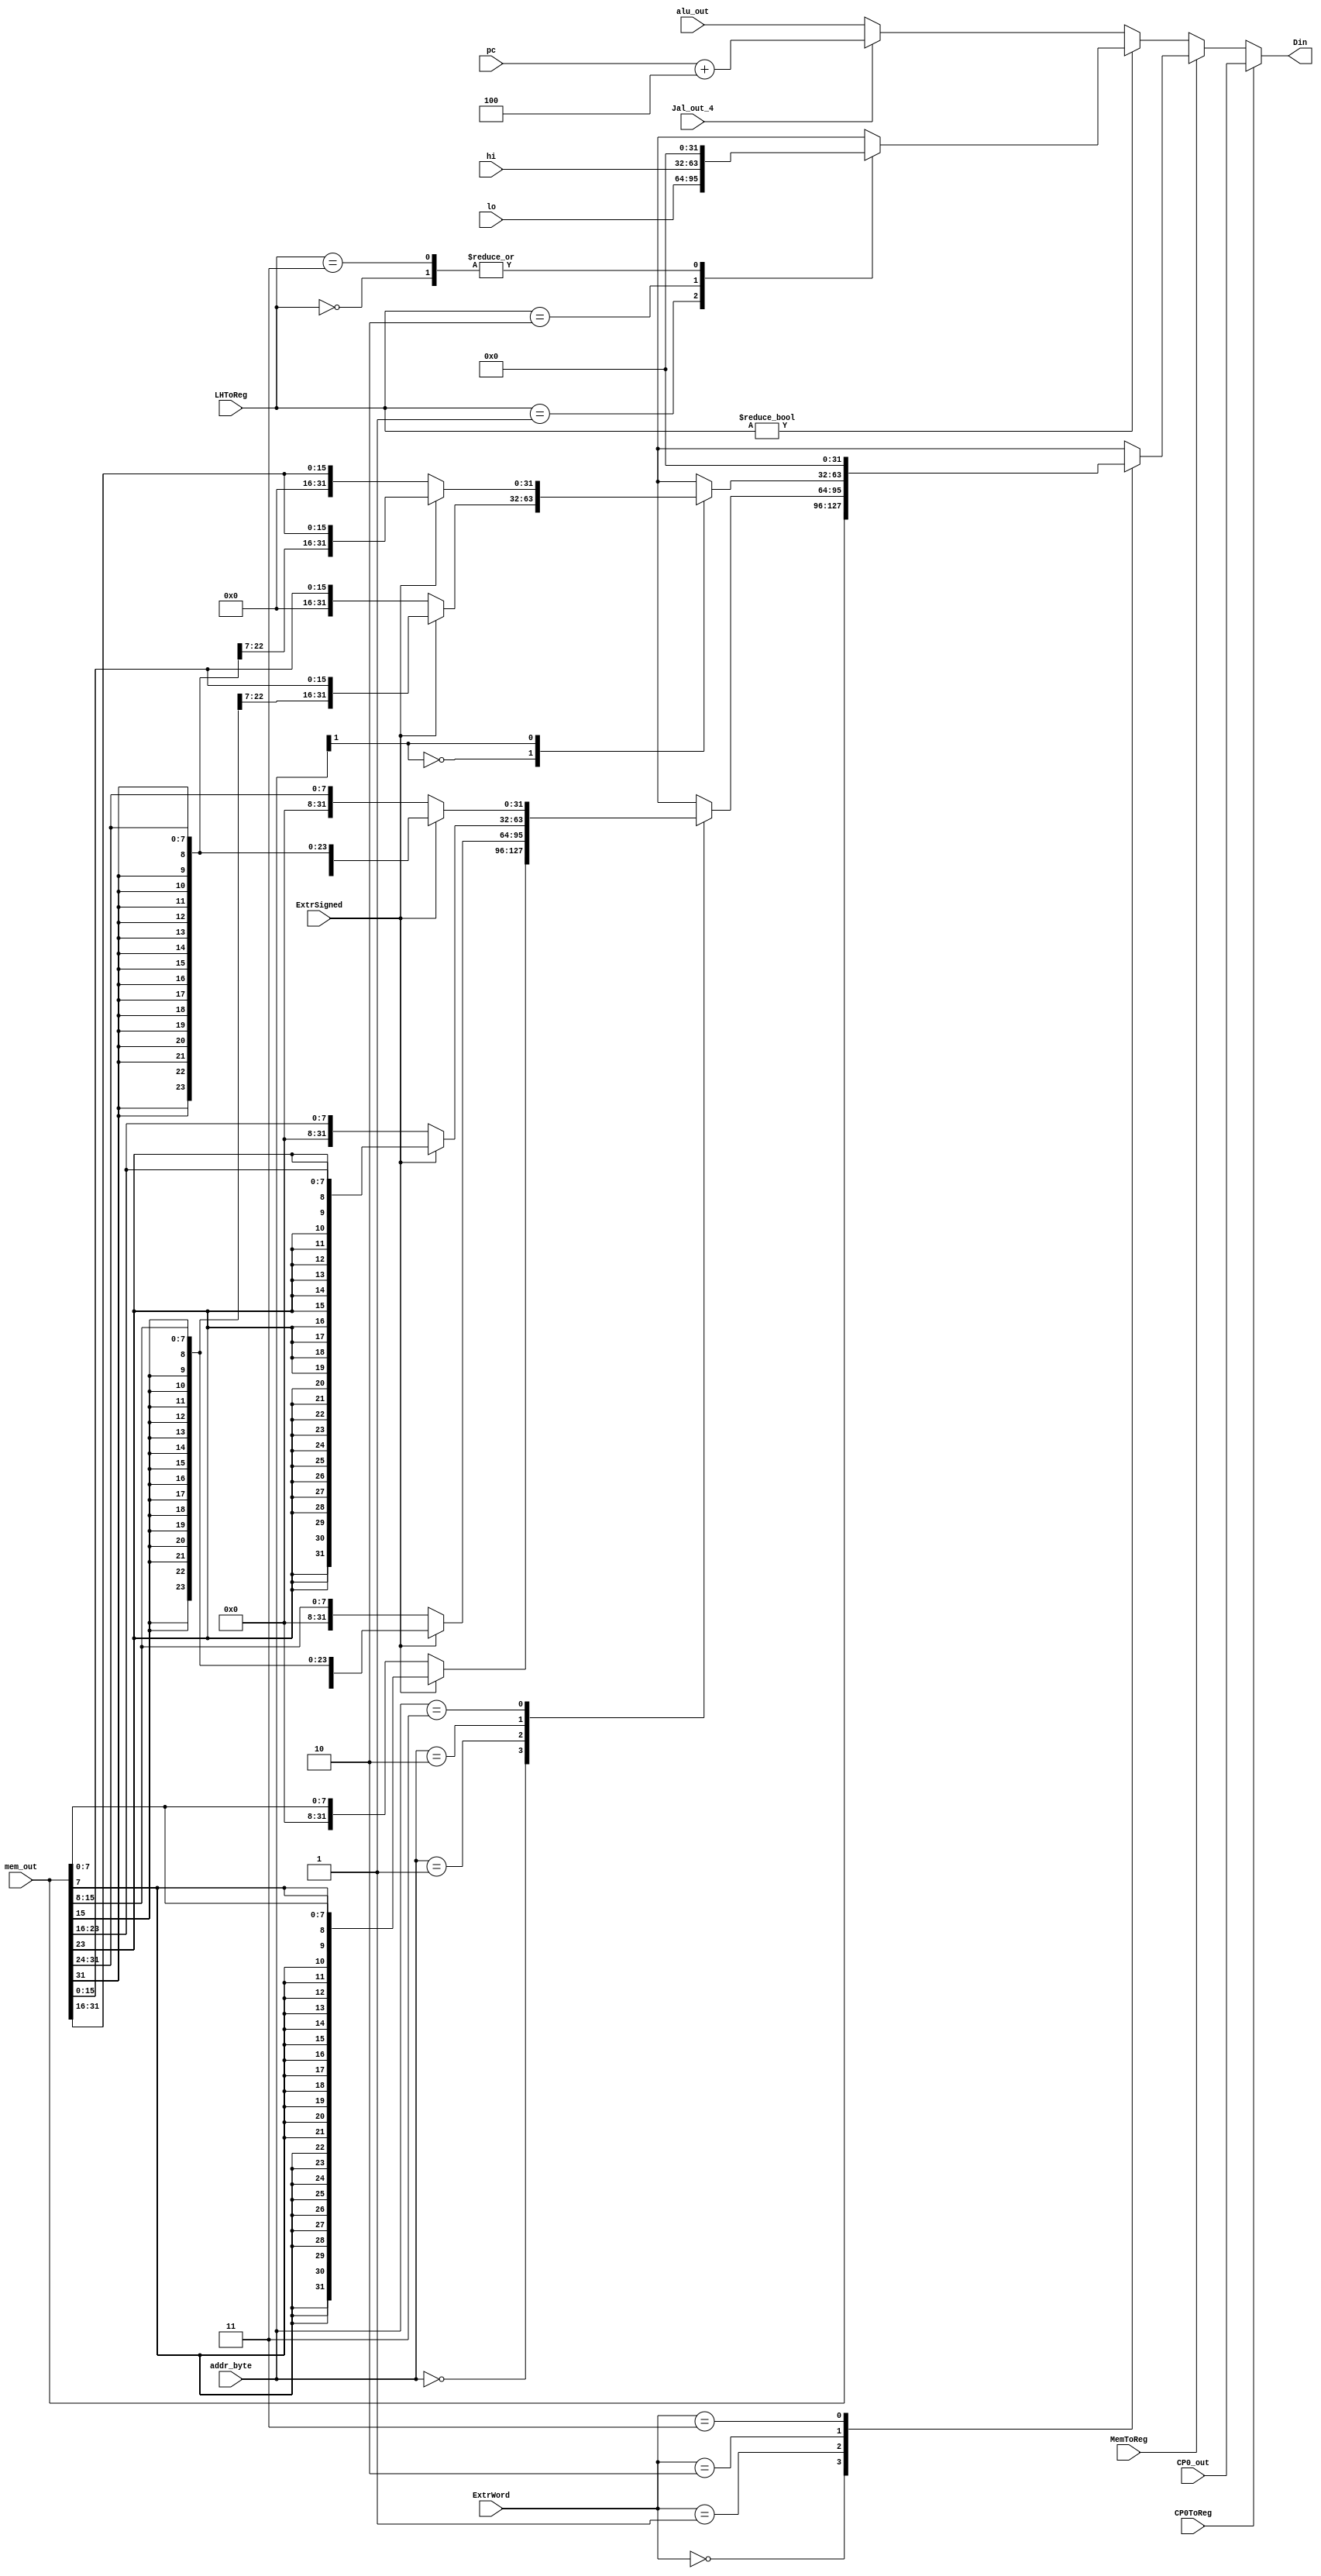
`timescale 1ns / 1ps
//////////////////////////////////////////////////////////////////////////////////

//////////////////////////////////////////////////////////////////////////////////


module MemToReg
#(
parameter   DATA_BITS   = 32
) (
// data lines in
input   wire    [DATA_BITS - 1:0]   alu_out,    // number / memory address calculated
input   wire    [DATA_BITS - 1:0]   mem_out,
input   wire    [DATA_BITS - 1:0]   lo,         // from individual multiplier / divider
input   wire    [DATA_BITS - 1:0]   hi,
input   wire    [1:0]               addr_byte,  // lower 2 bits from address to memory (aligned)
input   wire    [DATA_BITS - 1:0]   pc,         // program counter (pointing to next instruction)
// signals in
input   wire                        Jal_out_4,
input   wire                        MemToReg,
input   wire    [1:0]               ExtrWord,   // extract from memory out @mem_out (valid on `MemToReg` high)
                                                //    0 - don't extract fields
                                                //    1 - extract 8-bit byte at given @addr_byte
                                                //    2 - extract 16-bit halfword at given @addr_byte (aligned)
                                                //    3 - undefined
input   wire                        ExtrSigned, // extract (byte or halfword) as signed or unsigned
input   wire    [1:0]               LHToReg,    // get input from LO / HI special registers
input   wire                        CP0ToReg,
input   wire    [31:0]              CP0_out,
// real data / index out
output  reg     [DATA_BITS - 1:0]   Din         // data to write
);
always @ * begin
    if(CP0ToReg) begin
        Din <= CP0_out;
    end
    else if (MemToReg) begin
        case (ExtrWord)
            0:  Din <= mem_out;
            1:  begin
                case (addr_byte)
                    0:  Din <= ExtrSigned ? {{24{mem_out[7]}}, mem_out[7:0]} : mem_out[7:0];
                    1:  Din <= ExtrSigned ? {{24{mem_out[15]}}, mem_out[15:8]} : mem_out[15:8];
                    2:  Din <= ExtrSigned ? {{24{mem_out[23]}}, mem_out[23:16]} : mem_out[23:16];
                    3:  Din <= ExtrSigned ? {{24{mem_out[31]}}, mem_out[31:24]} : mem_out[31:24];
                endcase
            end
            2:  begin
                case (addr_byte[1])
                    0:  Din <= ExtrSigned ? {{16{mem_out[15]}}, mem_out[15:0]} : mem_out[15:0];
                    1:  Din <= ExtrSigned ? {{16{mem_out[31]}}, mem_out[31:16]} : mem_out[31:16];
                endcase
            end
            3:  Din <= 0;   // undefined
        endcase
    end else if (LHToReg) begin
        case (LHToReg)
            0:  Din <= 0;   // unreachable
            1:  Din <= lo;
            2:  Din <= hi;
            3:  Din <= 0;   // undefined
        endcase
    end else if(Jal_out_4)begin
        Din <= pc + 4;
    end else begin
        Din <= alu_out;
    end
end

endmodule